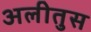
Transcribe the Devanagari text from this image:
अलीतुस